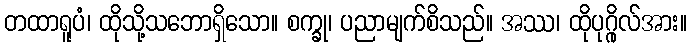
တထာရူပံ၊ ထိုသို့သဘောရှိသော။ စက္ခု၊ ပညာမျက်စိသည်။ အဿ၊ ထိုပုဂ္ဂိုလ်အား။